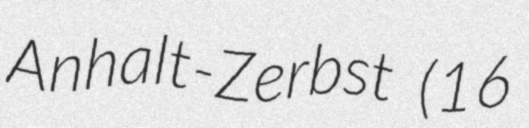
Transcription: Anhalt-Zerbst (16